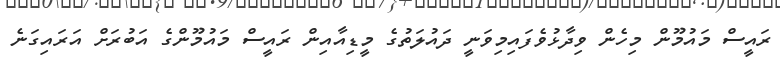
ރައީީސް މައުމޫން މިހެން ވިދާޅުވެފައިމިވަނީ ދައުލަތުގެ މީޑިއާއިން ރައީސް މައުމޫންގެ އަބުރަށް އަރައިގަނެ